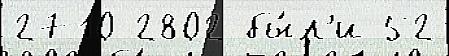
2710 2802 бы́л'и 52